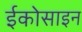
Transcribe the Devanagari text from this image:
ईकोसाइन